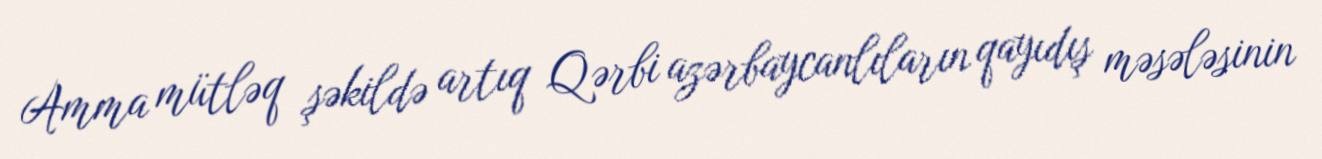
Amma mütləq şəkildə artıq Qərbi azərbaycanlıların qayıdış məsələsinin